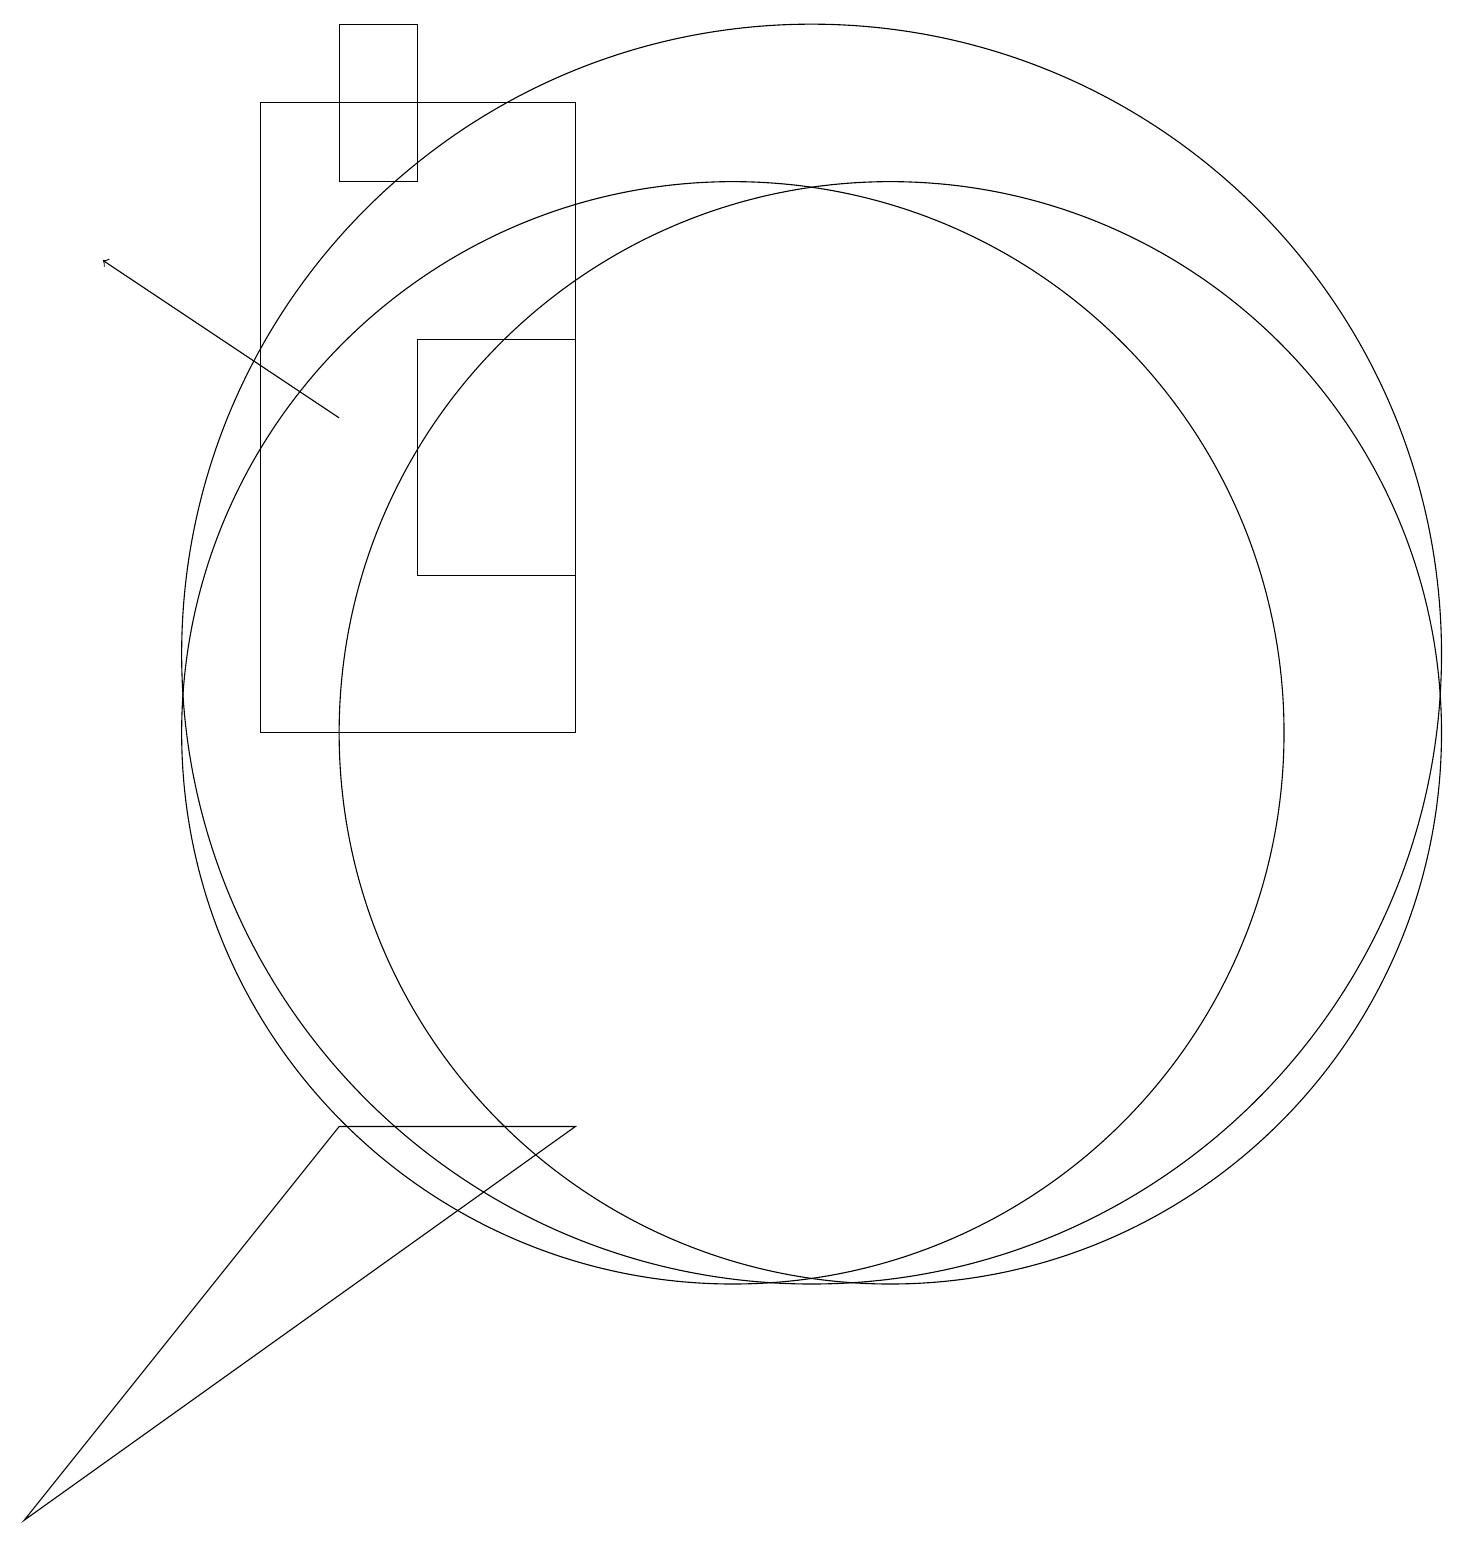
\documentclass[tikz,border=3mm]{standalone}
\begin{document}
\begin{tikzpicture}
\draw (8,18) rectangle (4,10);
\draw (11,11) circle (8);
\draw (6,12) rectangle (8,15);
\draw (5,5) -- (8,5) -- (1,0) -- cycle;
\draw (10,10) circle (7);
\draw (6,17) rectangle (5,19);
\draw[->] (5,14) -- (2,16);
\draw (12,10) circle (7);
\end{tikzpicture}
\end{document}